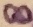
Text: 8